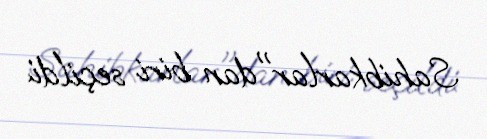
Sahibkarlar"dan biri seçildi.